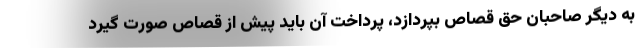
به دیگر صاحبان حق قصاص بپردازد، پرداخت آن باید پیش از قصاص صورت گیرد